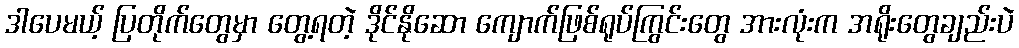
ဒါပေမယ့် ပြတိုက်တွေမှာ တွေ့ရတဲ့ ဒိုင်နိုဆော ကျောက်ဖြစ်ရုပ်ကြွင်းတွေ အားလုံးက အရိုးတွေချည်းပဲ